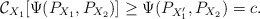
\begin{align*}\mathcal{C}_{X_1}[\Psi(P_{X_1},P_{X_2})]\ge \Psi(P_{X_1'},P_{X_2})=c.\end{align*}